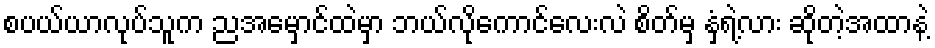
စပယ်ယာလုပ်သူက ညအမှောင်ထဲမှာ ဘယ်လိုကောင်လေးလဲ စိတ်မှ နှံ့ရဲ့လား ဆိုတဲ့အထာနဲ့